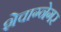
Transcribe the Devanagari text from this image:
शेवाग्नेगर